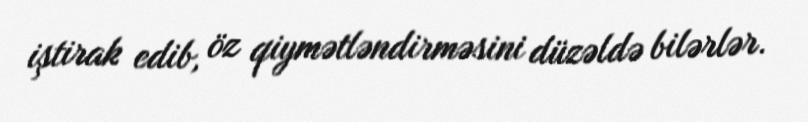
iştirak edib, öz qiymətləndirməsini düzəldə bilərlər.